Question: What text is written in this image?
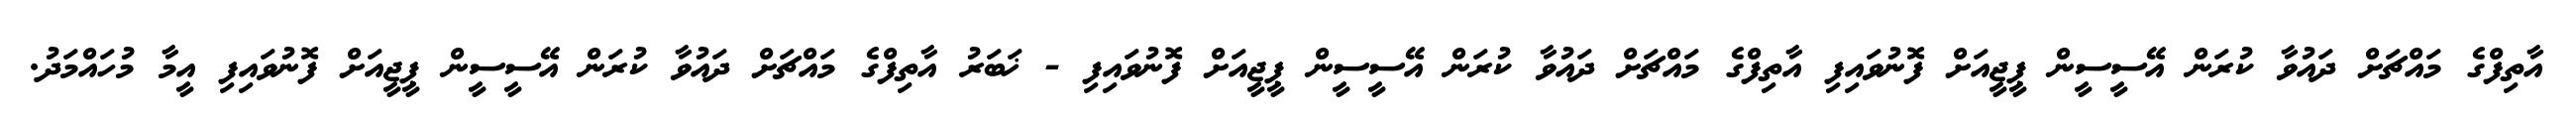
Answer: އާތިފްގެ މައްޗަށް ދައުވާ ކުރަން އޭސީސީން ޕީޖީއަށް ފޮނުވައިފި އާތިފްގެ މައްޗަށް ދައުވާ ކުރަން އޭސީސީން ޕީޖީއަށް ފޮނުވައިފި - ޚަބަރު އާތިފްގެ މައްޗަށް ދައުވާ ކުރަން އޭސީސީން ޕީޖީއަށް ފޮނުވައިފި އީމާ މުހައްމަދު.